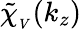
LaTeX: \mathinner{\tilde{\chi}_{_V}\mathopen{\left(k_{z}\right)}}